Piroplasma canis and its life cycle in the tick - Number 29
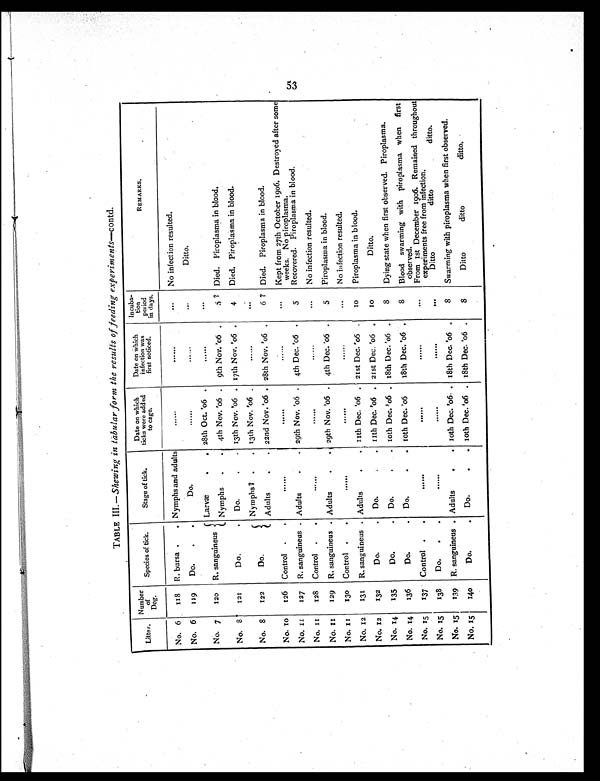
TABLE III.—Shewing in tàbular form the results of feeding experiments— contd.
Litter.
Number
of
Dog.
Species of tick.
Stage of tick.
Date on which
ticks were added
to cage.
Date on which
infection was
first noticed.
Incuba-
ti on
perio d
in days.
REMARKS.
No. 6
118
R. bursa .
. Nymphs and adults
......
. . . . . .
. . .
No infection resulted.
No. 6
119
Do.
.
.
Do.
......
. . . . . .
. . .
Ditto.
No. 7
120
R. sanguineus
Larvæ
.
. 28th Oct. '06 .
......
...
Nymphs
.
.
4th Nov. '06 .
9th Nov. '06 .
5 ? Died. Piroplasma in blood.
No. 8
121
Do.
.
Do.
.
.
13th Nov. '06 . 17th Nov. '06 .
4
Died. Piroplasma in blood.
No. 8
122
Do.
.
Nymphs ? .
.
13th Nov. '06 .
. . . . . .
. . .
Adults
.
.
22nd Nov. '06 . 28th Nov. '06 .
6 ? Died. Piroplasma in blood.
No. 10
126
Control
. .
. . . . . .
......
. . . . . .
. . .
Kept from 27th October 1906. Destroyed after some
weeks. No piroplasma.
No. II
127
R. sanguineus . Adults
.
29th Nov. '06 .
4th Dec. '06 .
5
Recovered. Piroplasma in blood.
No. II
128
Control .
.
. . . . . .
......
......
. . .
No infection resulted.
No. II
129
R. sanguineus . Adults
. . 29th Nov. '06 . 4th Dec. '06 .
5
Piroplasma in blood.
No. II
130
Control .
.
. . . . . .
. . . . . .
......
. . .
No infection resulted.
No. 12
131
R. sanguineus . Adults
. . 11th Dec. '06 . 21st Dec. '06 .
10
Piroplasma in blood.
No. 12
132
Do.
.
Do.
. . 11th Dec. '06 . 21st Dec. '06 .
10
Ditto.
No. 14
135
Do.
.
Do.
. . 10th Dec. '06 . 18th Dec. '06 .
8
Dying state when first observed. Piroplasma.
No. 14
136
Do.
.
Do.
.
. 10th Dec. '06
18th Dec. '06 .
8
Blood swarming with piroplasma when first
observed.
No. 15
137
Control .
.
. . . . . .
. . . . . .
. . . . . .
...
From 1st December 1906. Remained throughout
experiments free from infection.
No. 15
138
Do.
.
.
......
......
......
...
Ditto
ditto
ditto.
No. 15
139
R. sanguineus . Adults
.
. 10th Dec. '06. . 18th Dec. '06 .
8
Swarming with piroplasma when first observed.
No. 15
140
Do.
.
Do.
.
. 10th Dec. '06 . 18th Dec. '06 .
8
Ditto
ditto
ditto.
53